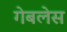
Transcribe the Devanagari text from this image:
गेबलेस